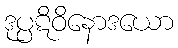
ဒုပ္ပဋိဝိနောဒယော